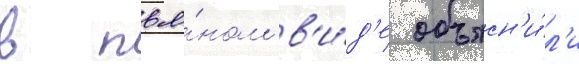
в пья́ном в'и́д'е объясн'и́л'и